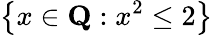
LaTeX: \left\{ x\in\mathbf{Q}:x^{2}\leq 2\right\}